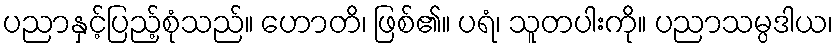
ပညာနှင့်ပြည့်စုံသည်။ ဟောတိ၊ ဖြစ်၏။ ပရံ၊ သူတပါးကို။ ပညာသမ္ပဒါယ၊